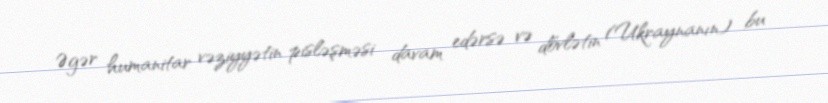
Əgər humanitar vəziyyətin pisləşməsi davam edərsə və dövlətin (Ukraynanın) bu